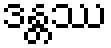
ဒန္တဿ